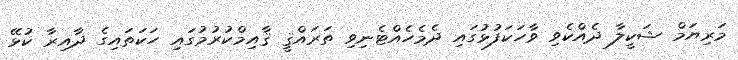
މަރިޔަމް ޝަކީލާ ދެއްކެވި ވާހަކަފުޅުގައި ދެމެހެއްޓެނިވި ތަރައްޤީ ޤާއިމްކުރުމުގައި ހަކަތައިގެ ދާއިރާ ކުޅޭ